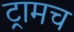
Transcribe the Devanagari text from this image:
ट्रामच